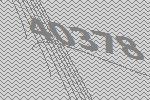
40378